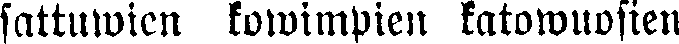
sattuwien kowimpien katowuosien